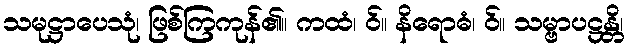
သမုဋ္ဌာပေသုံ၊ ဖြစ်ကြကုန်၏။ ကထံ၊ ဝ်။ နိရောဓံ၊ ဝ်။ သမ္ဗာပဋ္ဌန္တိ၊